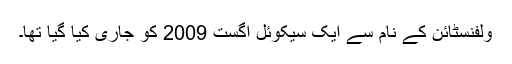
ولفنسٹائن کے نام سے ایک سیکوئل اگست 2009 کو جاری کیا گیا تھا۔